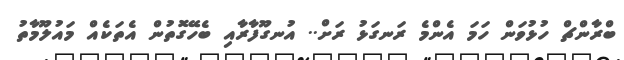
ބްރާންޗް ހުޅުވަން ހަމަ އެންމެ ރަނގަޅު ރަށް.. އުނގޫފާރާއި ބެހޭގޮތުން އެތަކެއް މައުލޫމާތު